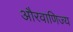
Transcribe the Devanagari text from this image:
औरवाणिज्य